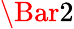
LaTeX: \Bar{2}